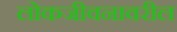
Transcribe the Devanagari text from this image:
लोकजीवनावरील